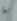
بما